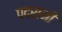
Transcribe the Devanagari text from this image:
पदरांनी